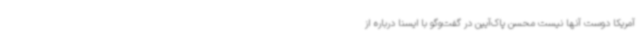
آمریکا دوست آنها نیست محسن پاک‌آیین در گفت‌وگو با ایسنا درباره از